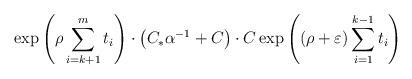
LaTeX: \begin{align*}\exp\left({\rho} \sum_{i=k+1}^m t_i\right)\cdot \left(C_* \alpha^{-1}+C\right)\cdot C\exp\left(({\rho}+\varepsilon) \sum_{i=1}^{k-1} t_i\right) \end{align*}